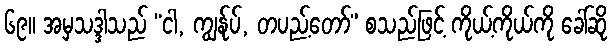
၆၉။ အမှသဒ္ဒါသည် “ငါ, ကျွန်ုပ်, တပည့်တော်” စသည်ဖြင့် ကိုယ့်ကိုယ်ကို ခေါ်ဆို